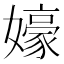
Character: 𱙰